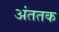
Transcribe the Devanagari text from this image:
अंततक